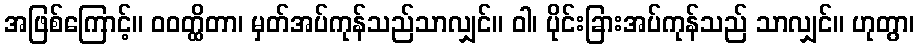
အဖြစ်ကြောင့်။ ဝဝတ္ထိတာ၊ မှတ်အပ်ကုန်သည်သာလျှင်။ ဝါ၊ ပိုင်းခြားအပ်ကုန်သည် သာလျှင်။ ဟုတွာ၊